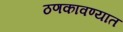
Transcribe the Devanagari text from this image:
ठणकावण्यात